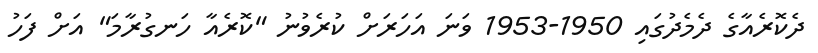
ދެކޮރެއާގެ ދެމެދުގައި 1950-1953 ވަަނަ އަހަރަށް ކުރެވުނު "ކޮރެއާ ހަނގުރާމަ" އަށް ފަހު